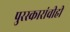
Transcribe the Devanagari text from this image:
पुरस्कारांचीही